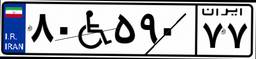
۸۰W۵۹۰۷۷